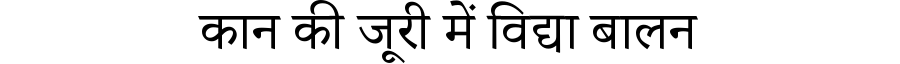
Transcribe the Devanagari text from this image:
कान की जूरी में विद्या बालन